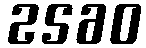
2560